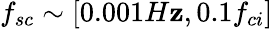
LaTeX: f_{sc}\sim[0.001H\mathbf{z},0.1f_{ci}]